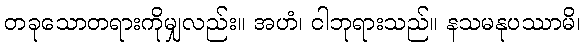
တခုသောတရားကိုမျှလည်း။ အဟံ၊ ငါဘုရားသည်။ နသမနုပဿာမိ၊